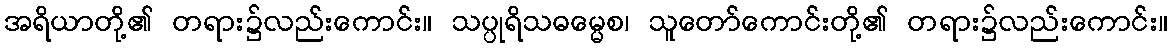
အရိယာတို့၏ တရား၌လည်းကောင်း။ သပ္ပုရိသဓမ္မေစ၊ သူတော်ကောင်းတို့၏ တရား၌လည်းကောင်း။